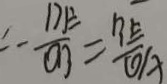
\therefore \frac { D E } { O B } = \frac { B E } { O A }